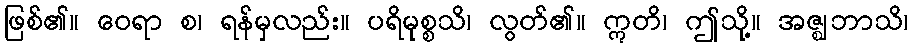
ဖြစ်၏။ ဝေရာ စ၊ ရန်မှလည်း။ ပရိမုစ္စသိ၊ လွတ်၏။ ဣတိ၊ ဤသို့။ အဇ္ဈဘာသိ၊